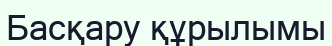
Басқару құрылымы